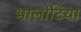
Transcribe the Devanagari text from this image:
भालोटिया